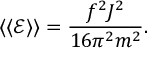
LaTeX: \langle \langle { \mathcal E } \rangle \rangle = \frac { f ^ { 2 } J ^ { 2 } } { 1 6 \pi ^ { 2 } m ^ { 2 } } .